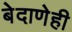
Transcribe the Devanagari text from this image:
बेदाणेही